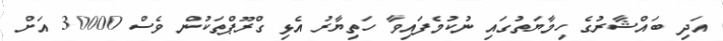
އަދި ބައްޝާރުގެ ހިމާޔަތުގައި ނުކުމެފައިވާ ހަތިޔާރު އެޅި ގްރޫޕްތަކުން ވެސް 30000 އަށް